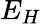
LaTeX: E_{H}